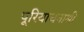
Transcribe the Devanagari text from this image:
पूरियाधनाश्री